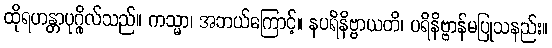
ထိုရဟန္တာပုဂ္ဂိုလ်သည်။ ကသ္မာ၊ အဘယ်ကြောင့်။ နပရိနိဗ္ဗာယတိ၊ ပရိနိဗ္ဗာန်မပြုသနည်း။